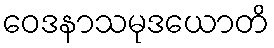
ဝေဒနာသမုဒယောတိ